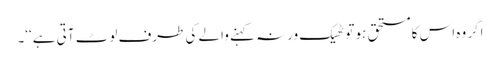
اگر وہ اس کا مستحق ہو تو ٹھیک ورنہ کہنے والے کی طرف لوٹ آتی ہے‘‘۔